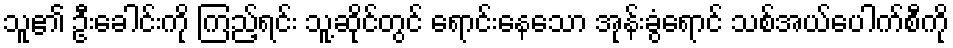
သူ၏ ဦးခေါင်းကို ကြည့်ရင်း သူ့ဆိုင်တွင် ရောင်းနေသော အုန်းခွံရောင် သစ်အယ်ပေါက်စီကို